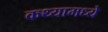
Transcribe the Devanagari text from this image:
कथ्यामध्ये